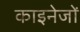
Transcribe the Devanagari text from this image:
काइनेजों